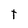
Character: t